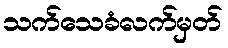
သက်သေခံလက်မှတ်